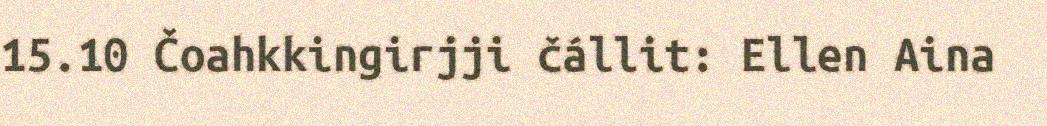
15.10 Čoahkkingirjji čállit: Ellen Aina